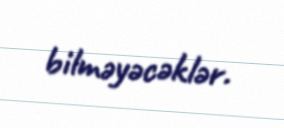
bilməyəcəklər.